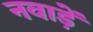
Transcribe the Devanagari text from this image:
नवाड़ें